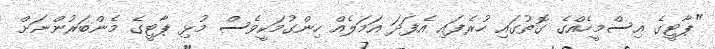
"ޕާޓީގެ އިސްމީހެއްގެ ގޮތުގައި ހުރެފައި އެފަދަ އަމަލެއް ހިންގުމަކީވެސް މުޅި ޕާޓީގެ މެންބަރުންނަށް